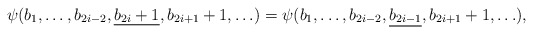
\begin{align*}\psi(b_1,\ldots,b_{2i-2},\underline{b_{2i}+1}, b_{2i+1}+1, \ldots) &=\psi(b_1,\ldots,b_{2i-2},\underline{b_{2i-1}}, b_{2i+1}+1, \ldots),\end{align*}